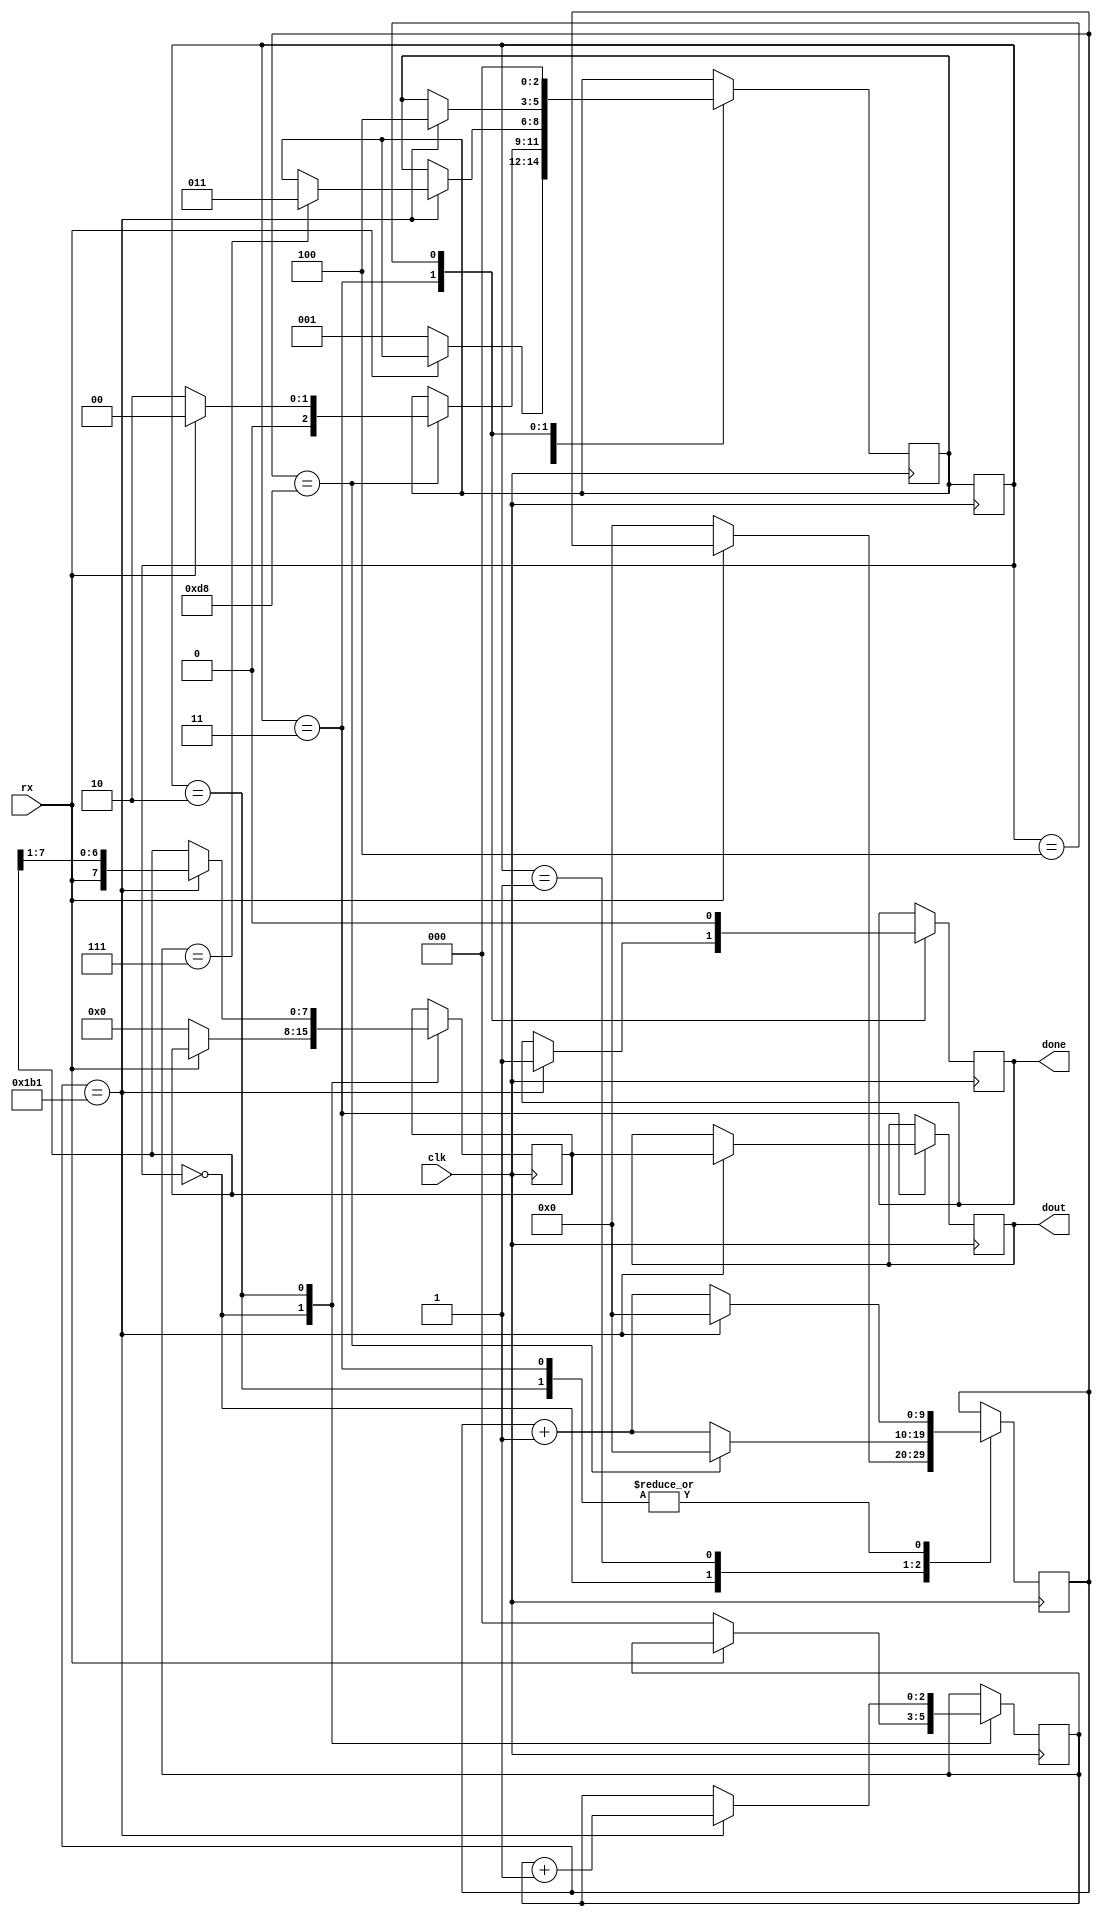

module uart_rx (
  input clk,
  input rx,
  output reg [7:0] dout,
  output reg done
);

reg [2:0] state;
reg [2:0] new_state;
reg [7:0] SR;
reg [2:0] SC;
reg [9:0] cycles;

parameter BCLK = 10'd434 - 1;
parameter HBCLK = 10'd217 - 1;

parameter
  IDLE   = 3'd0,
  START  = 3'd1,
  READ   = 3'd2,
  STOP   = 3'd3,
  DONE   = 3'd4;

always @(posedge clk)
  state <= new_state;

always @(posedge clk)
  case (state)
    IDLE:
      if (rx == 0) begin
        new_state <= START;
        cycles <= 0;
        SR <= 0;
        SC <= 0;
      end
    START:
      if (cycles == HBCLK) begin
        cycles <= 0;
        if (rx == 0)
          new_state <= READ;
        else
          new_state <= IDLE;
      end
      else
        cycles <= cycles + 1;
    READ:
      if (cycles == BCLK) begin
        cycles <= 0;
        SR <= { rx , SR[7:1] };
        SC <= SC + 1;
        if (SC == 3'd7)
          new_state <= STOP;
      end
      else
        cycles <= cycles + 1;
    STOP:
      if (cycles == BCLK) begin
        cycles <= 0;
        new_state <= DONE;
        done <= 1;
        dout <= SR;
      end
      else
        cycles <= cycles + 1;
    DONE: begin
      new_state <= IDLE;
      done <= 0;
    end
  endcase

endmodule